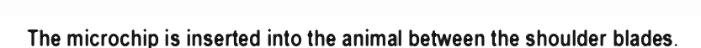
The microchip is inserted into the animal between the shoulder blades.